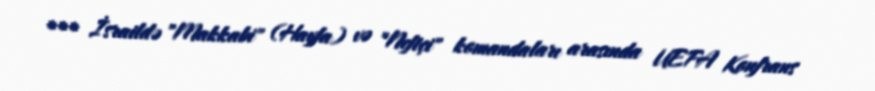
*** İsraildə "Makkabi" (Hayfa) və "Neftçi" komandaları arasında UEFA Konfrans